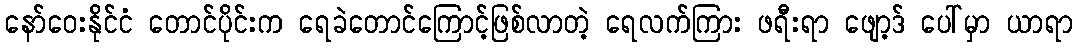
နော်ဝေးနိုင်ငံ တောင်ပိုင်းက ရေခဲတောင်ကြောင့်ဖြစ်လာတဲ့ ရေလက်ကြား ဖရီးရာ ဖျော့ဒ် ပေါ်မှာ ယာရာ